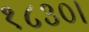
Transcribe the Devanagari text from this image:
१८३०।